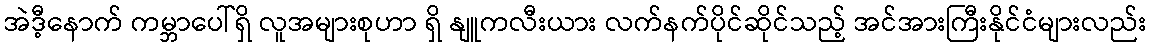
အဲဒီ့နောက် ကမ္ဘာပေါ်ရှိ လူအများစုဟာ ရှိ နျူကလီးယား လက်နက်ပိုင်ဆိုင်သည့် အင်အားကြီးနိုင်ငံများလည်း